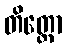
တိတ္တော